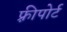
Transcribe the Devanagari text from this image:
फ़्रीपोर्ट